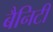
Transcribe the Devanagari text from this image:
बैनिटी